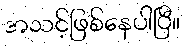
အသင့်ဖြစ်နေပါပြီ။